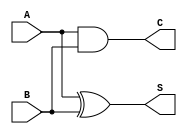
module half_adder (A, B, S, C);
input A, B;
output S, C;

assign S = A^B;
assign C = (A & B);

endmodule